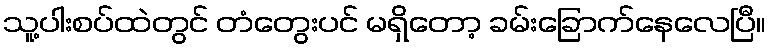
သူ့ပါးစပ်ထဲတွင် တံတွေးပင် မရှိတော့ ခမ်းခြောက်နေလေပြီ။